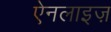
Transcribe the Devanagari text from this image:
ऐनलाइज़